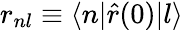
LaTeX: r_{nl}\equiv\langle n|\hat{r}(0)|l\rangle